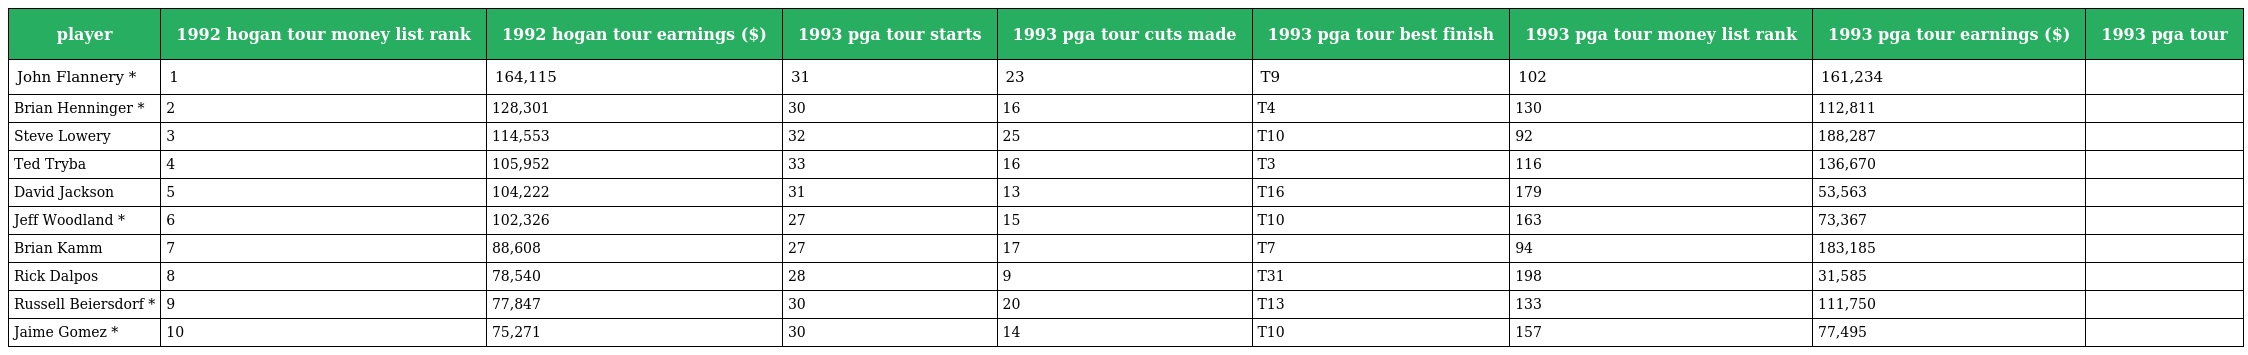
| player | 1992 hogan tour money list rank | 1992 hogan tour earnings ($) | 1993 pga tour starts | 1993 pga tour cuts made | 1993 pga tour best finish | 1993 pga tour money list rank | 1993 pga tour earnings ($) | 1993 pga tour |
 | --- | --- | --- | --- | --- | --- | --- | --- | --- |
 | John Flannery * | 1 | 164,115 | 31 | 23 | T9 | 102 | 161,234 |  |
 | Brian Henninger * | 2 | 128,301 | 30 | 16 | T4 | 130 | 112,811 |  |
 | Steve Lowery | 3 | 114,553 | 32 | 25 | T10 | 92 | 188,287 |  |
 | Ted Tryba | 4 | 105,952 | 33 | 16 | T3 | 116 | 136,670 |  |
 | David Jackson | 5 | 104,222 | 31 | 13 | T16 | 179 | 53,563 |  |
 | Jeff Woodland * | 6 | 102,326 | 27 | 15 | T10 | 163 | 73,367 |  |
 | Brian Kamm | 7 | 88,608 | 27 | 17 | T7 | 94 | 183,185 |  |
 | Rick Dalpos | 8 | 78,540 | 28 | 9 | T31 | 198 | 31,585 |  |
 | Russell Beiersdorf * | 9 | 77,847 | 30 | 20 | T13 | 133 | 111,750 |  |
 | Jaime Gomez * | 10 | 75,271 | 30 | 14 | T10 | 157 | 77,495 |  |